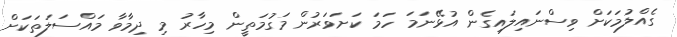
ގެއްލުމަކަށް ވިސްނައިލައިގެން އުޅޭނަމަ ހަމަ ކަށަވަރުން މަގުމަތީން މިހާރު މި ދިމާވާ މައްސަލަތަކަށް